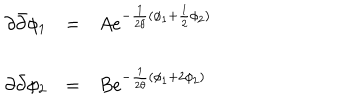
\begin{array} { l c l } { { \partial { \bar { \partial } } \phi _ { 1 } } } & { { = } } & { { A e ^ { - \frac { 1 } { 2 \theta } ( \phi _ { 1 } + \frac { 1 } { 2 } \phi _ { 2 } ) } } } \\ { { \partial { \bar { \partial } } \phi _ { 2 } } } & { { = } } & { { B e ^ { - \frac { 1 } { 2 \theta } ( \phi _ { 1 } + 2 \phi _ { 2 } ) } } } \\ \end{array}